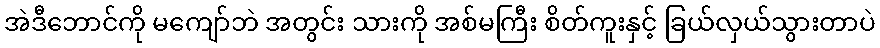
အဲဒီဘောင်ကို မကျော်ဘဲ အတွင်း သားကို အစ်မကြီး စိတ်ကူးနှင့် ခြယ်လှယ်သွားတာပဲ